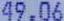
49.06